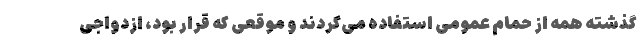
گذشته همه از حمام عمومی استفاده می‌کردند و موقعی که قرار بود، ازدواجی